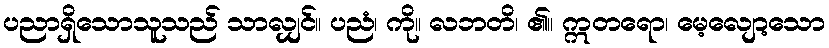
ပညာရှိသောသူသည် သာလျှင်။ ပညံ၊ ကို။ လဘတိ၊ ၏။ ဣတရော၊ မေ့လျော့သော